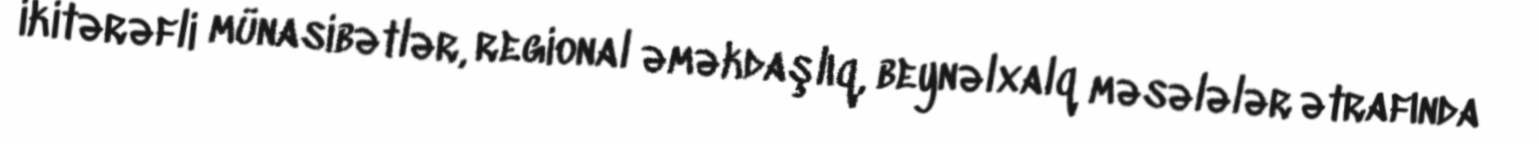
ikitərəfli münasibətlər, regional əməkdaşlıq, beynəlxalq məsələlər ətrafında